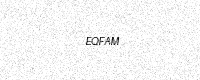
Text: EQFAM